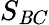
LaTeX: S_{\mathit{B}C}